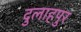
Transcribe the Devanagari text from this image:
दुलाहपुर